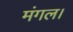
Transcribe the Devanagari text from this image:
मंगल।